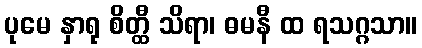
ပုမေ နှာရု စိတ္ထီ သိရာ၊ ဓမနီ ထ ရသဂ္ဂသာ။